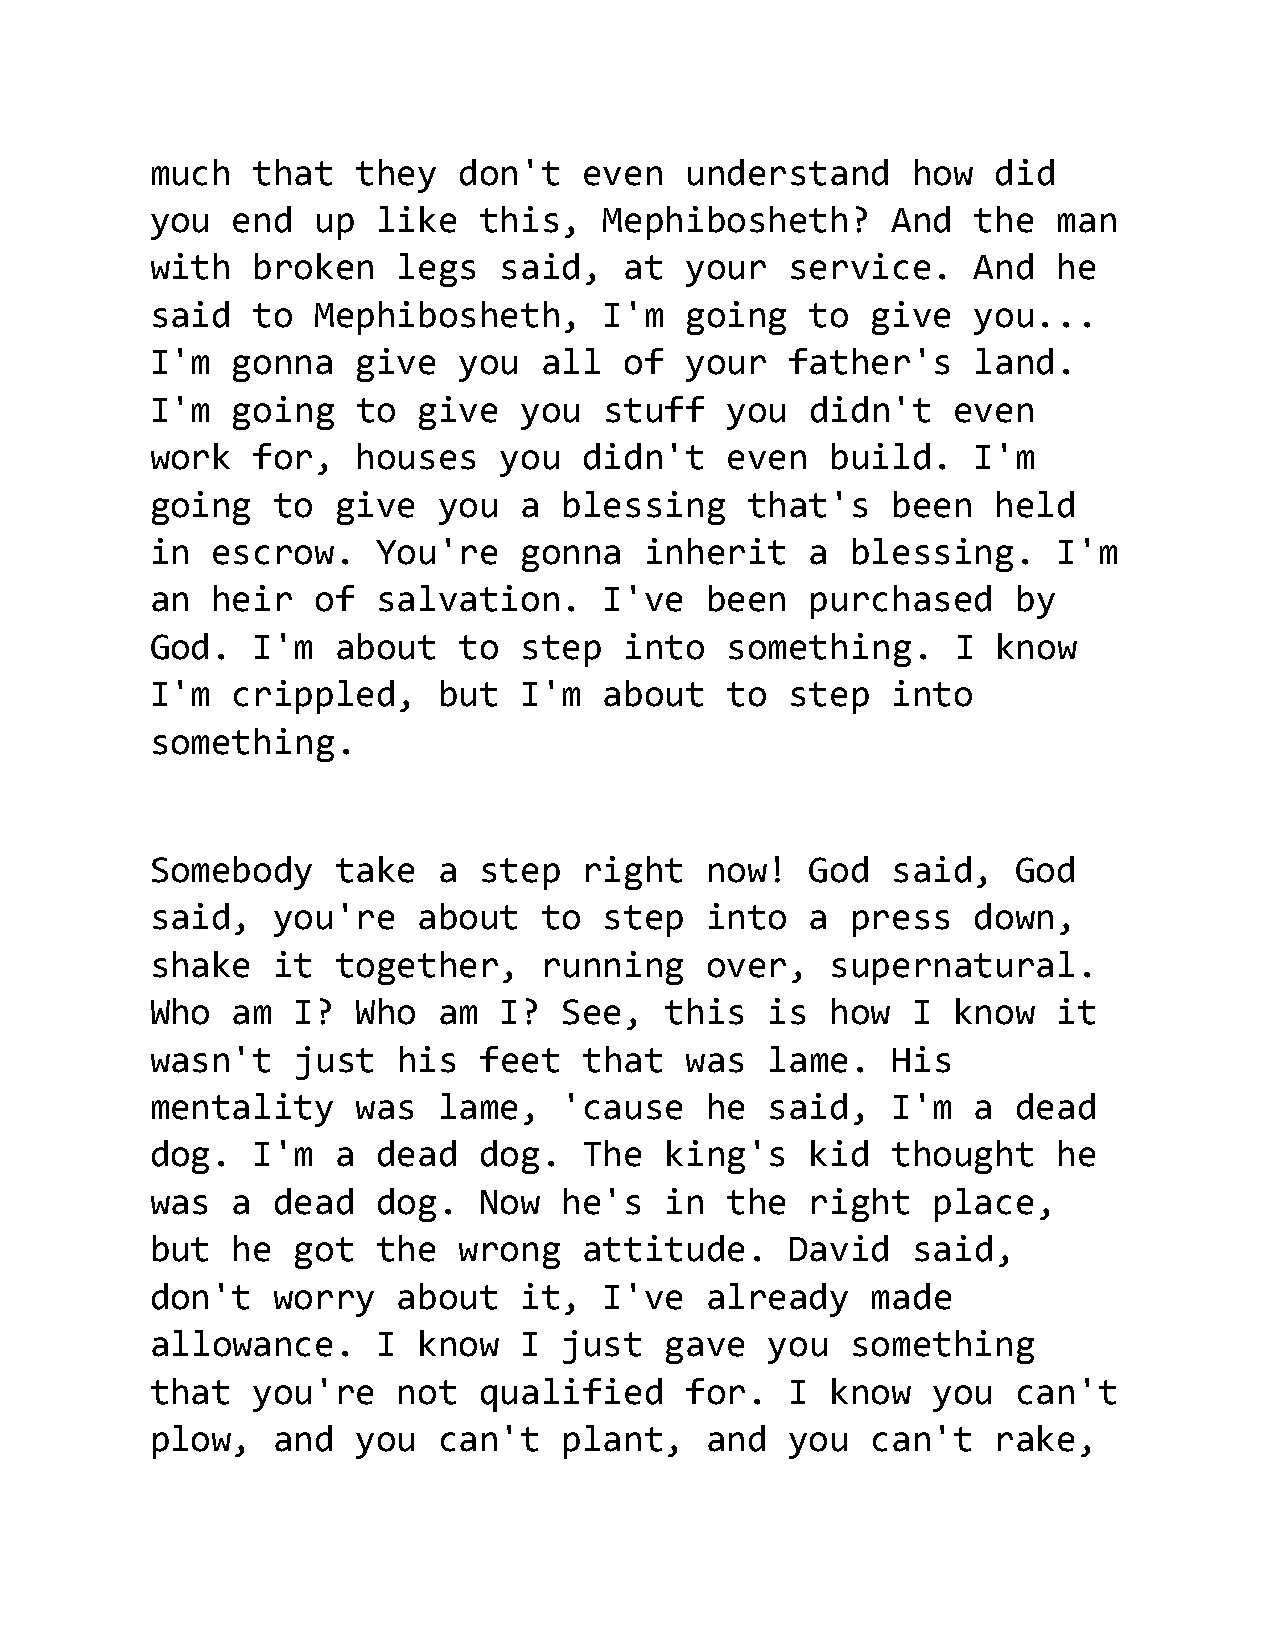
much   that   they  don't    even  understand     how   did
 you  end   up  like   this,   Mephibosheth?      And   the  man
 with   broken   legs   said,   at  your   service.     And  he
 said   to  Mephibosheth,      I'm  going    to  give   you...
 I'm  gonna    give  you   all  of  your   father's     land.
 I'm  going    to  give   you  stuff   you   didn't   even
 work   for,   houses   you   didn't   even   build.    I'm
 going   to  give   you  a  blessing     that's   been   held
 in  escrow.    You're   gonna    inherit    a blessing.     I'm
 an  heir   of  salvation.     I've   been   purchased    by
 God.   I'm  about   to  step   into   something.     I  know
 I'm  crippled,     but  I'm   about   to  step   into
 something.
 Somebody    take   a  step   right   now!   God  said,   God
 said,   you're    about   to  step   into   a press    down,
 shake   it  together,     running    over,   supernatural.
 Who  am  I?   Who  am  I?  See,   this   is  how  I  know   it
 wasn't   just   his   feet   that  was   lame.   His
 mentality     was  lame,   'cause    he  said,   I'm   a dead
 dog.   I'm  a  dead   dog.   The  king's    kid  thought    he
 was  a  dead   dog.   Now  he's   in  the   right   place,
 but  he  got   the  wrong    attitude.    David   said,
 don't   worry   about   it,   I've   already    made
 allowance.     I  know  I  just   gave   you  something
 that   you're   not   qualified    for.   I  know   you  can't
 plow,   and   you  can't   plant,    and  you   can't   rake,